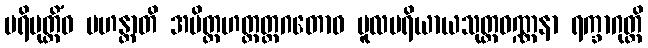
ပရိမုတ္တိံဝ မဟန္တာတိ အမိတ္တဟတ္ထတ္ထဂတောဝ မူလပရိယာယသုတ္တဝဏ္ဏနာ ရက္ခာဂုတ္တိ